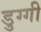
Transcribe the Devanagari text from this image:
डुग्गी